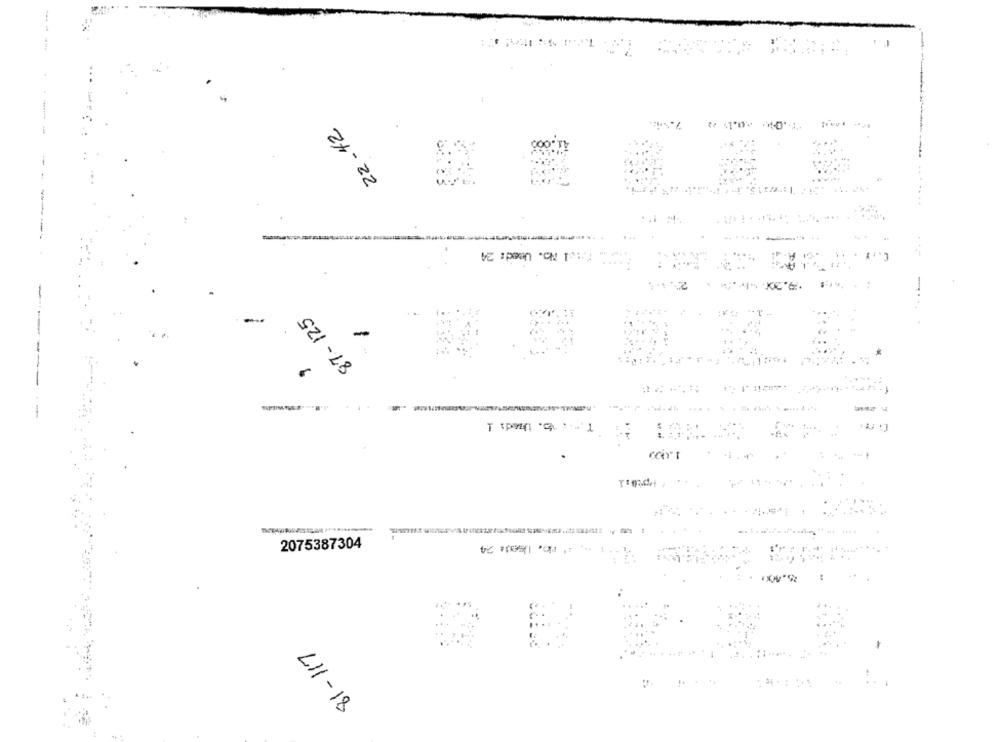
-
22-42
. f .: 1 No. Used: 24
87- 125
T spen 'ch :- 1
reis
11 -. i' mb. Used: 24
2075387304
L11- 18